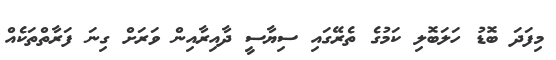
މިފަދަ ބޮޑު ހަލަބޮލި ކަމުގެ ތެރޭގައި ސިޔާސީ ދާއިރާއިން ވަރަށް ގިނަ ފަރާތްތަކެއް